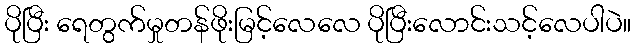
ပိုပြီး ရေတွက်မှုတန်ဖိုးမြင့်လေလေ ပိုပြီးလောင်းသင့်လေပါပဲ။